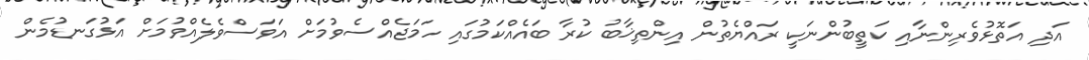
އަދި އަތޮޅުވެރިންނާއި ކަތީބުންނަކީ ރައްޔެތުން އިންތިޚާބު ކުރާ ބައެއްކަމުގައި ހަމަޖެއްސެވުމަށް އަވަސްވެލެއްވުމަށް އަޅުގަނޑުމެން